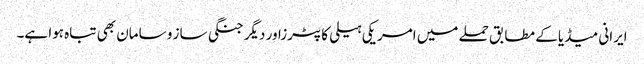
ایرانی میڈیا کے مطابق حملے میں امریکی ہیلی کاپٹرزاور دیگر جنگی ساز و سامان بھی تباہ ہوا ہے۔